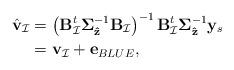
LaTeX: \begin{align*} \hat{\mathbf{v}}_{\mathcal{I}}&=\left(\mathbf{B}_{\mathcal{I}}^t\mathbf{\Sigma}_{\mathbf{\hat{z}}}^{-1}\mathbf{B}_{\mathcal{I}}\right)^{-1}\mathbf{B}_{\mathcal{I}}^t\mathbf{\Sigma}_{\mathbf{\hat{z}}}^{-1} \mathbf{y}_s \\&=\mathbf{v}_{\mathcal{I}}+\mathbf{e}_{BLUE},\end{align*}